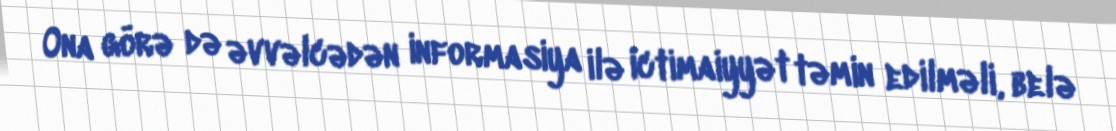
Ona görə də əvvəlcədən informasiya ilə ictimaiyyət təmin edilməli, belə